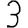
Digit: 3